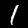
Label: 1